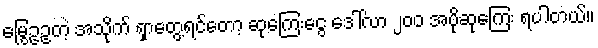
မြွေဥဥတဲ့ အသိုက် ရှာတွေ့ရင်တော့ ဆုကြေးငွေ ဒေါ်လာ ၂၀၀ အပိုဆုကြေး ရပါတယ်။